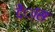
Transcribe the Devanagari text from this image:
देंास